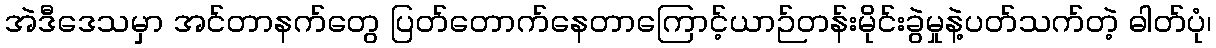
အဲဒီဒေသမှာ အင်တာနက်တွေ ပြတ်တောက်နေတာကြောင့်ယာဉ်တန်းမိုင်းခွဲမှုနဲ့ပတ်သက်တဲ့ ဓါတ်ပုံ၊